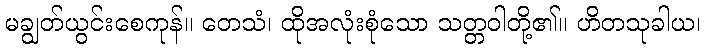
မချွတ်ယွင်းစေကုန်။ တေသံ၊ ထိုအလုံးစုံသော သတ္တဝါတို့၏။ ဟိတသုခါယ၊